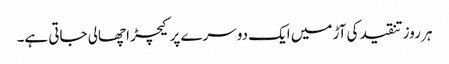
ہر روز تنقید کی آڑ میں ایک دوسرے پر کیچڑ اچھالی جاتی ہے۔